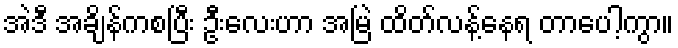
အဲဒီ အချိန်ကစပြီး ဦးလေးဟာ အမြဲ ထိတ်လန့်နေရ တာပေါ့ကွာ။